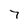
Character: 7